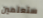
ستعلمين